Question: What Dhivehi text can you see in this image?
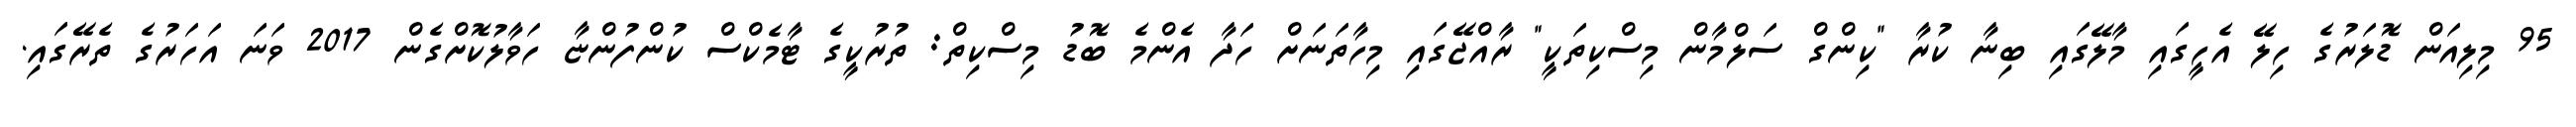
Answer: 95 މިލިއަން ޑޮލަރުގެ ހިލޭ އެހީގައި މާލޭގައި ބިނާ ކުރާ "ކިންގް ސަލްމާން މިސްކިތަކީ" ރާއްޖޭގައި މިހާތަނަށް ހަދާ އެންމެ ބޮޑު މިސްކިތް: ތުރުކީގެ ޓާމެކްސް ކުންފުންޏާ ހަވާލުކޮށްގެން 2017 ވަނަ އަހަރުގެ ތެރޭގައި.